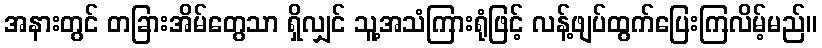
အနားတွင် တခြားအိမ်တွေသာ ရှိလျှင် သူ့အသံကြားရုံဖြင့် လန့်ဖျပ်ထွက်ပြေးကြလိမ့်မည်။